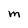
Character: M